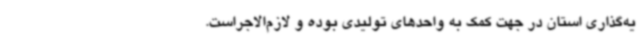
یه‌گذاری استان در جهت کمک به واحدهای تولیدی بوده و لازم‌الاجراست.